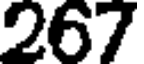
267